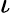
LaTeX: \iota